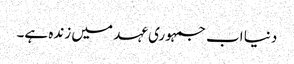
دنیا اب جمہوری عہد میں زندہ ہے۔